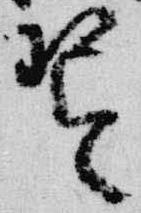
琴